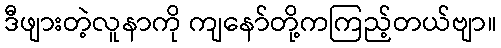
ဒီဖျားတဲ့လူနာကို ကျနော်တို့ကကြည့်တယ်ဗျာ။